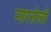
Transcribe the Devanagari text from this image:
मारसेली